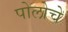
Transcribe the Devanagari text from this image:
पोलोचे